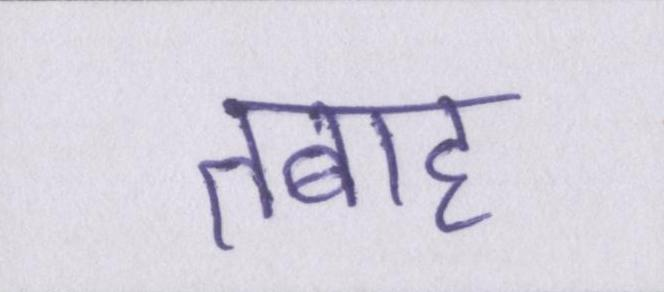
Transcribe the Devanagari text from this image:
तबाह